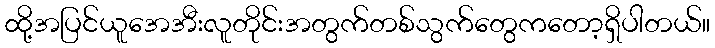
ထို့အပြင်ယူအေအီးလူတိုင်းအတွက်တစ်သွက်တွေကတော့ရှိပါတယ်။